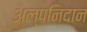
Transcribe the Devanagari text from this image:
अल्पनिदान